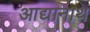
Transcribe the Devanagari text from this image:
आद्यानाथ